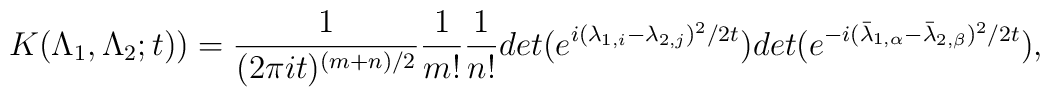
K(\Lambda_1,\Lambda_2;t)) = \frac {1}{(2 \pi it)^{(m+n)/2}}\frac {1}{m!} \frac {1}{n!} det(e^{ i(\lambda_{1,i}-\lambda_{2,j})^2 /2t}) det(e^{-i({\bar\lambda}_{1,\alpha}-{\bar\lambda}_{2, \beta})^2 /2t}),